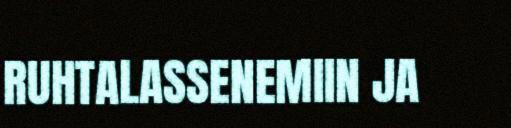
RUHTALASSENEMIIN JA